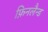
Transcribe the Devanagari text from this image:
फ़िनलैन्ड